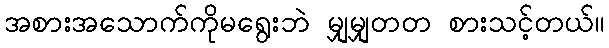
အစားအသောက်ကိုမရွေးဘဲ မျှမျှတတ စားသင့်တယ်။